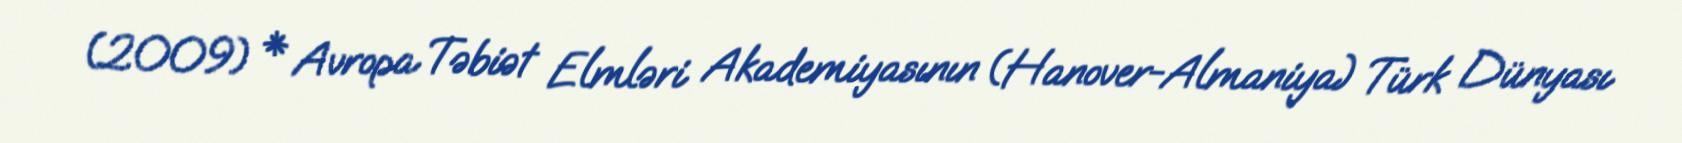
(2009) * Avropa Təbiət Elmləri Akademiyasının (Hanover-Almaniya) Türk Dünyası